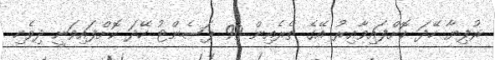
ރުފިޔާ ހޭދަ ކޮށްފައިވާއިރު އޭގެ ތެރެއިން 90 ޕަސެންޓު ހޭދަ ކޮށްފައިވަނީ ދިވެހި